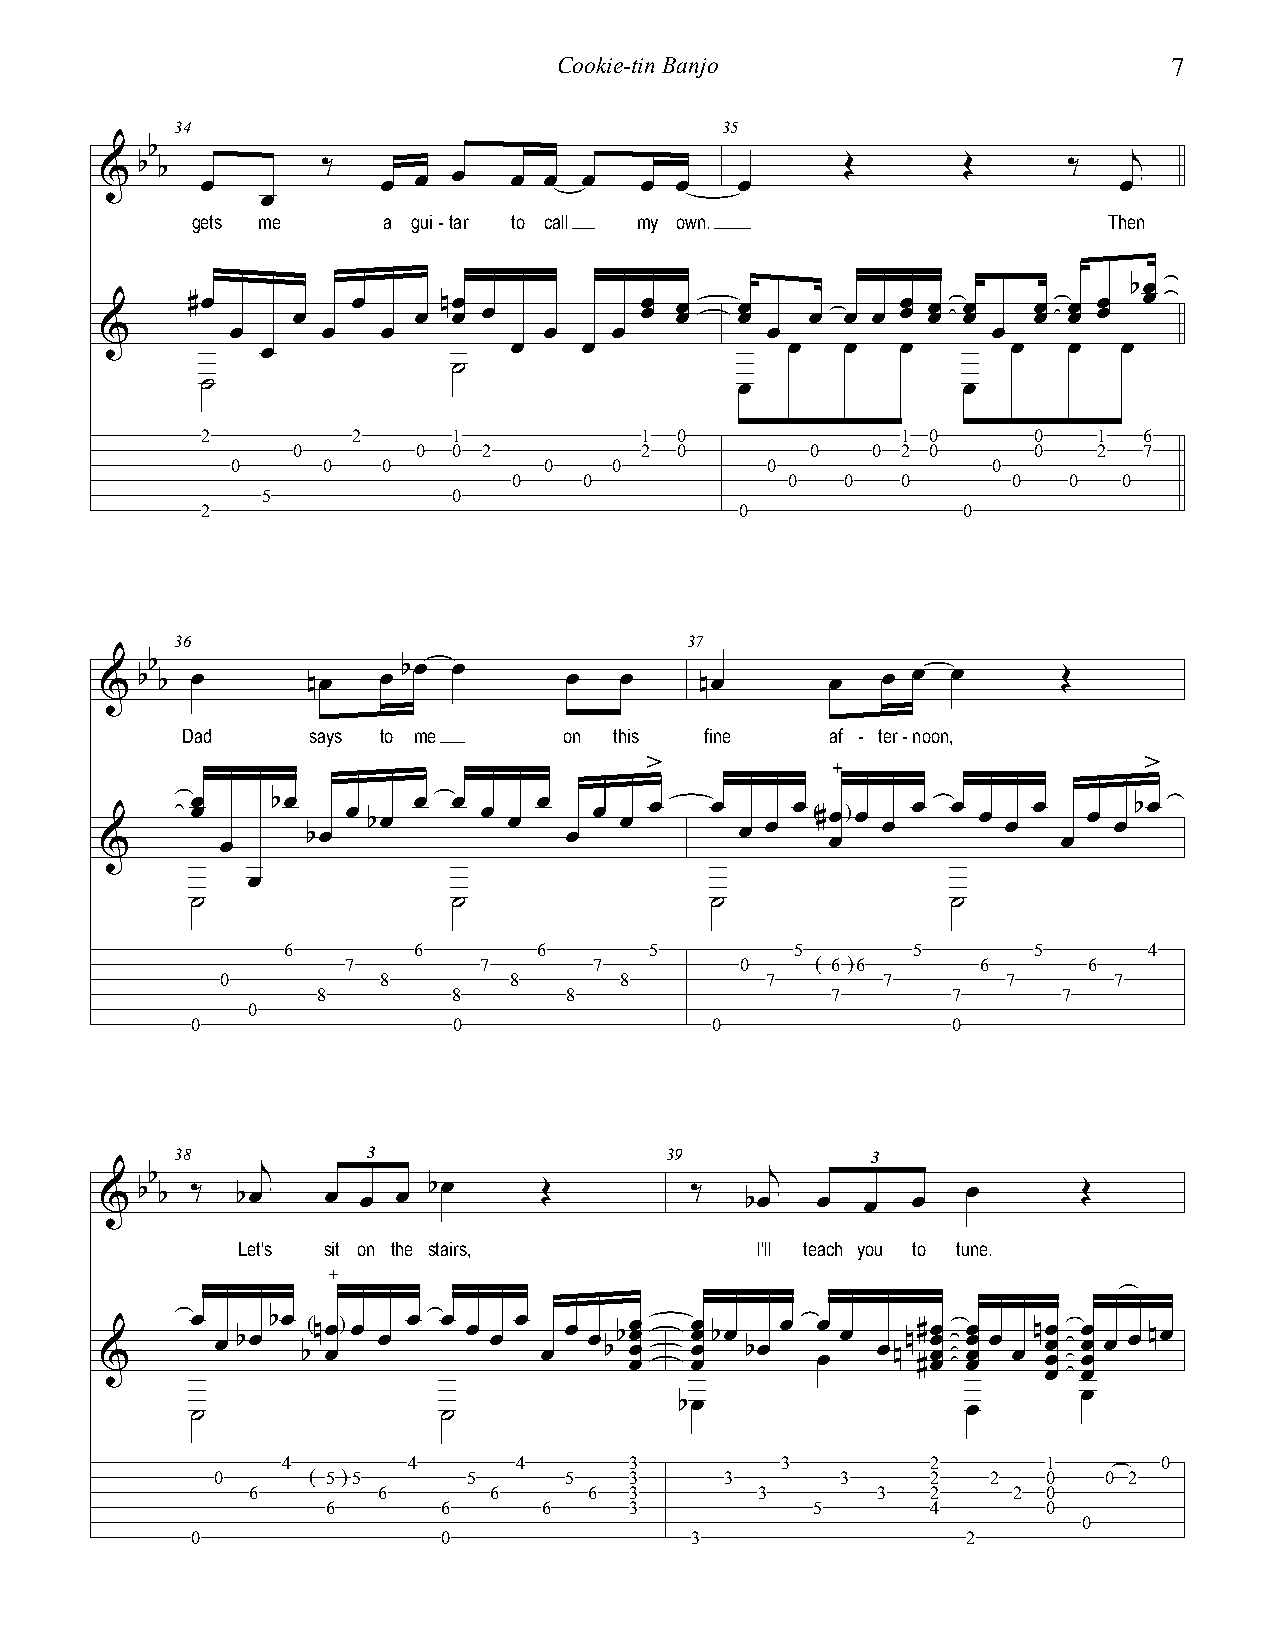
Cookie-tin Banjo                         7
 34                                  35
 b
 & b b œ       ‰   œ œ  œ   œ œ  œ  œ  œ   œ      Œ       Œ      ‰  œj
 œ
 gets me     a gui-tar to call my own.                       Then
 bœ
 #œ     œ   œ   œ nœ œ œ       œ œ œ œ œ œ œ œ œ œ œ œ œ œ œ œ œ œ œ œ œ œ
 &       œ     œ   œ          œ    œ         œ              œ
 œ                œ    œ            œ   œ   œ      œ   œ  œ
 ˙
 ˙                                   œ              œ
 2         2      1           1  0              1 0     0    1  6
 0        0 0 2         2  0        0   0 2 0     0    2  7
 0     0   0          0    0         0              0
 0    0            0   0   0      0   0  0
 5            0
 2                                   0              0
 36                               37
 & bb b œ     nœ   œ bœ œ      œ   œ    nœ       œ  œ œ  œ      Œ
 Dad     says to me       on  this  fine    af - ter-noon,
 >                                >
 &     œ œ œ bœ bœ œ bœ œ œ œ œ œ œ œ œ œ œ œ œ œ ( # œ œ ) œ œ œ œ œ œ œ œ œ œ bœ
 œ
 ˙                ˙                ˙               ˙
 6       6        6      5         5      5       5       4
 7        7      7         0    ( 6 )6     6      6
 0         8        8      8         7      7        7      7
 8        8      8                 7       7      7
 0
 0                0                0               0
 38          3                   39            3
 b      j                                 j
 & b b ‰  bœ    œ œ œ bœ      Œ         ‰  bœ   œ  œ  œ   œ       Œ
 Let's sit on the stairs,          I'll teach you to tune.
 &     œ œ bœ bœ b( n œ œ ) œ œ œ œ œ œ œ œ œ œ bbœ œ œ œ œ œ œ œ bœ bœ œ œ œ œ œnn ##œ œ œ œ œ œ œ œ œ œ nœ œ œ œ œ œ œ œ nœ
 œ  œ
 œ
 ˙               ˙               bœ                 œ
 4       4      4       3         3         2      1       0
 0     ( 5 )5     5     5    3     3       3     2   2  0   0 2
 6       6      6      6  3       3       3   2    2 0
 6      6      6     3           5       4      0
 0
 0               0                3                 2